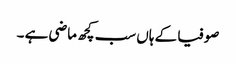
صوفیا کے ہاں سب کچھ ماضی ہے ۔